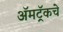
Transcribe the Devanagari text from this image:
ॲमट्रॅकचे